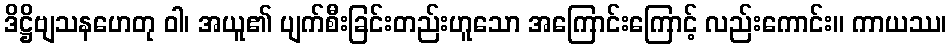
ဒိဋ္ဌိဗျသနဟေတု ဝါ၊ အယူ၏ ပျက်စီးခြင်းတည်းဟူသော အကြောင်းကြောင့် လည်းကောင်း။ ကာယဿ၊